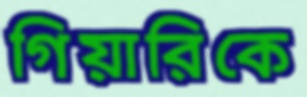
গিয়ারিকে